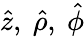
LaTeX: \hat{z},~\hat{\rho},~\hat{\phi}